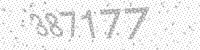
Solution: 387177